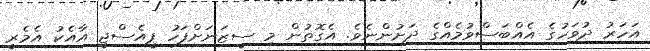
އަހަރު ދުވަހުގެ އެއްބަސްވުމެއްގެ ދަށުންނެވެ. އެގޮތުން މި ސީޒަނަށްފަހު ޕީއެސްޖީ އާއެކު އެމެރީ